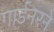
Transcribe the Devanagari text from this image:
गार्डनरने